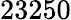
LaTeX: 23250